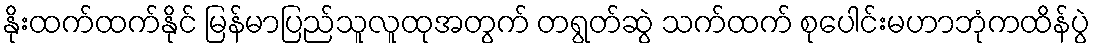
နိုးထက်ထက်နိုင် မြန်မာပြည်သူလူထုအတွက် တရွတ်ဆွဲ သက်ထက် စုပေါင်းမဟာဘုံကထိန်ပွဲ